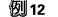
例12